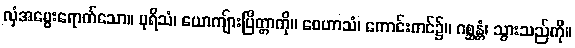
လှံအမွေးရောက်သော။ ပုရိသံ၊ ယောကျ်ားပြိတ္တာကို။ ဝေဟာသံ၊ ကောင်းကင်၌။ ဂစ္ဆန္တံ၊ သွားသည်ကို။